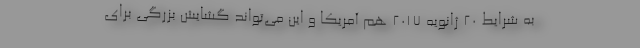
به شرایط 20 ژانویه 2017 هم آمریکا و این می‌تواند گشایش بزرگی برای